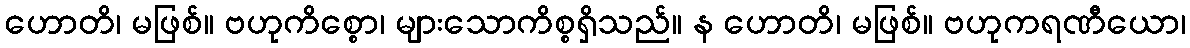
ဟောတိ၊ မဖြစ်။ ဗဟုကိစ္စော၊ များသောကိစ္စရှိသည်။ န ဟောတိ၊ မဖြစ်။ ဗဟုကရဏီယော၊